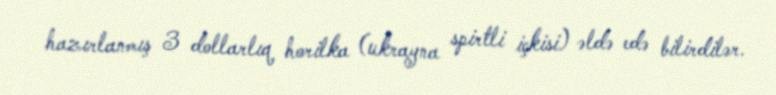
hazırlanmış 3 dollarlıq horilka (ukrayna spirtli içkisi) əldə edə bilirdilər.